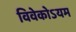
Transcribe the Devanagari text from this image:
विवेकोऽयम